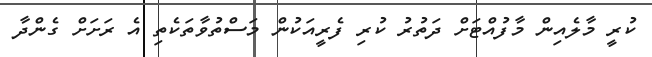
ކުރީ މާލެއިން މާފުއްޓަށް ދަތުރު ކުރި ފެރީއަކުން މަސްތުވާތަކެތި އެ ރަށަށް ގެންދާ